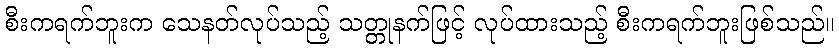
စီးကရက်ဘူးက သေနတ်လုပ်သည့် သတ္တုနက်ဖြင့် လုပ်ထားသည့် စီးကရက်ဘူးဖြစ်သည်။